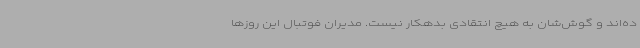
ده‌اند و گوش‌شان به هیچ انتقادی بدهکار نیست. مدیران فوتبال این روزها